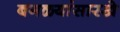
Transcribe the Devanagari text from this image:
बगळ्यांसारखे